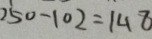
2 5 0 - 1 0 2 = 1 4 8